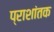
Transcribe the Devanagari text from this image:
प्राशांतक